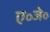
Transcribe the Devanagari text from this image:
ए॰जे॰